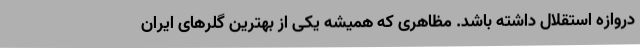
دروازه استقلال داشته باشد. مظاهری که همیشه یکی از بهترین گلرهای ایران